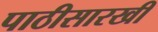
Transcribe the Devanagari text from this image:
पाठीसारखी